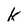
Character: k